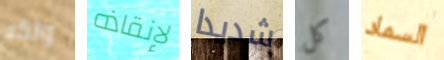
ولكم لإنقاذه شديدا كل السماد